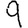
Digit: 9